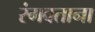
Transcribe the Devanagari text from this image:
रंगवताना